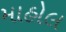
માહોલ